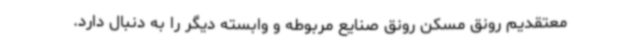
معتقدیم رونق مسکن رونق صنایع مربوطه و وابسته دیگر را به دنبال دارد.